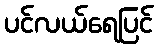
ပင်လယ်ရေပြင်